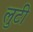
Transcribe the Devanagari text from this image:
लुटी